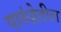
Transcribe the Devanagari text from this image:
पारुंडेतील